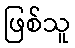
ဖြစ်သူ